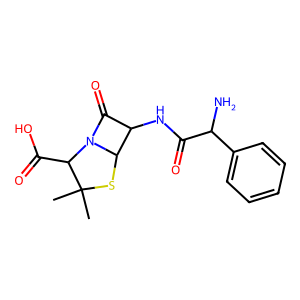
SMILES: CC1(C)SC2C(NC(=O)C(N)c3ccccc3)C(=O)N2C1C(=O)O
Inhibits HIV replication: No